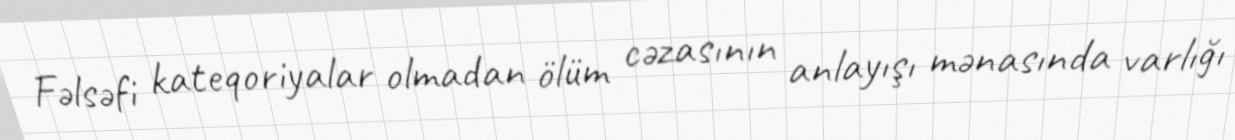
Fəlsəfi kateqoriyalar olmadan ölüm cəzasının anlayışı mənasında varlığı